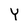
Character: Y